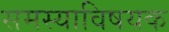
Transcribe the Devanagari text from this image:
समस्याविषयक